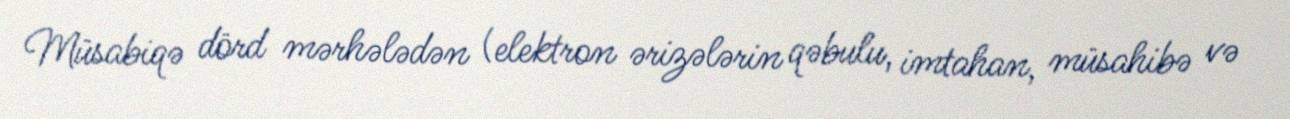
Müsabiqə dörd mərhələdən (elektron ərizələrin qəbulu, imtahan, müsahibə və